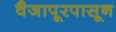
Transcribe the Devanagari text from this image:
वैजापूरपासून